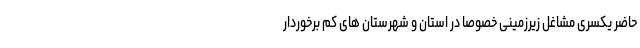
حاضر یکسری مشاغل زیرزمینی خصوصاً در استان و شهرستان های کم برخوردار